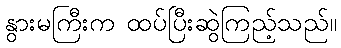
နွားမကြီးက ထပ်ပြီးဆွဲကြည့်သည်။